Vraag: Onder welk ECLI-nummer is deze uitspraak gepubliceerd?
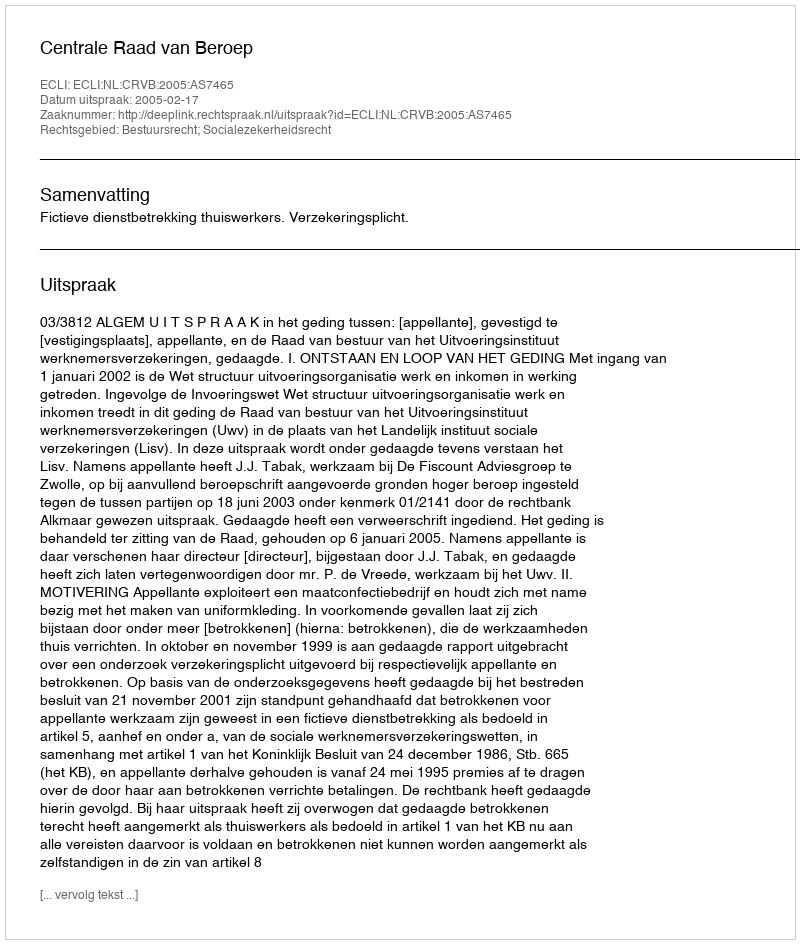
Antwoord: ECLI:NL:CRVB:2005:AS7465